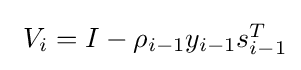
{\textstyle ~V_{i}=I-\rho _{i-1}y_{i-1}s_{i-1}^{T}}